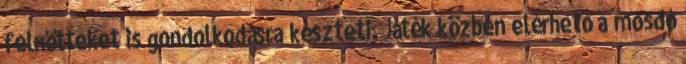
felnőtteket is gondolkodásra készteti. Játék közben elérhető a mosdó